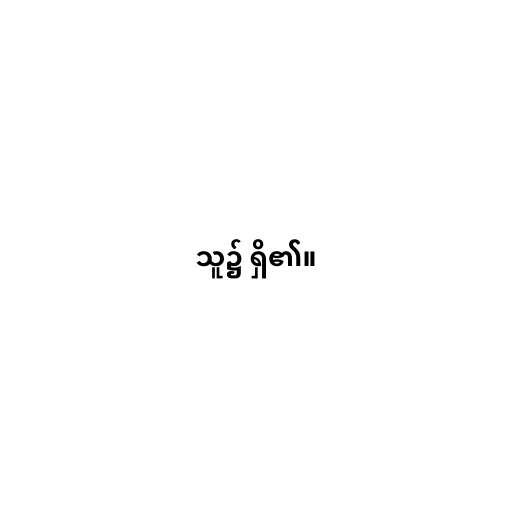
သူ၌ ရှိ၏။